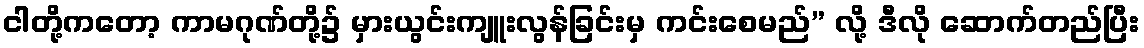
ငါတို့ကတော့ ကာမဂုဏ်တို့၌ မှားယွင်းကျူးလွန်ခြင်းမှ ကင်းစေမည်” လို့ ဒီလို ဆောက်တည်ပြီး